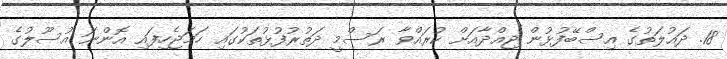
18. ދައުލަތުގެ އިސްބޭފުޅުން ޖިއްދާއަށް ކުރައްވާ ރަސްމީ ދަތުރުފުޅުތަކުގައި ހަމަޖެހިފައި އޮންނަ އުސޫލުގެ